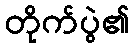
တိုက်ပွဲ၏